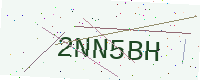
Text: 2NN5BH